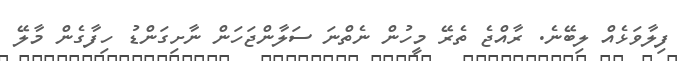
ފިލާވަޅެއް ލިބޭނެ. ރާއްޖެ ތެރޭ މީހުން ނެތްނަ ސަލާންޖަހަން ނާށިގަންޑު ހިފާގެން މާލޭ